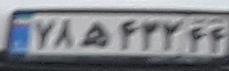
۷۸ه۴۳۲۴۴